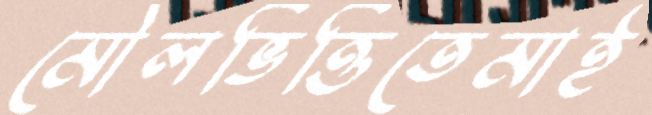
মৌলভিত্তিতেমাই